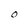
Character: O